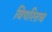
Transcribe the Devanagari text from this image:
विपरितच